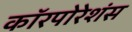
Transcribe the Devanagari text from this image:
कॉरपोरेशंस